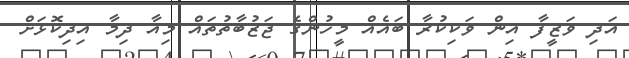
އަދި ވަޒީފާ އިން ވަކިކުރާ ބައެއް މީހުންގެ ޖަޒުބާތުތައް މިއާ ދިމާ އިދިކޮޅަށް